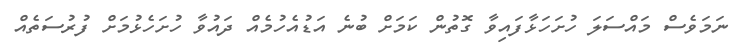
ނަމަވެސް މައްސަލަ ހުށަހަޅާފައިވާ ގޮތުން ކަމަށް ބުނެ އަޑުއެހުމެއް ދައުވާ ހުށަހެޅުމަށް ފުރުސަތެއް